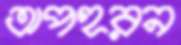
অপহরন